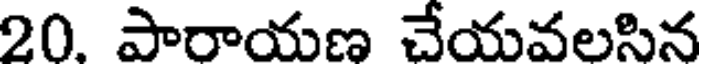
20. పారాయణ చేయవలసిన